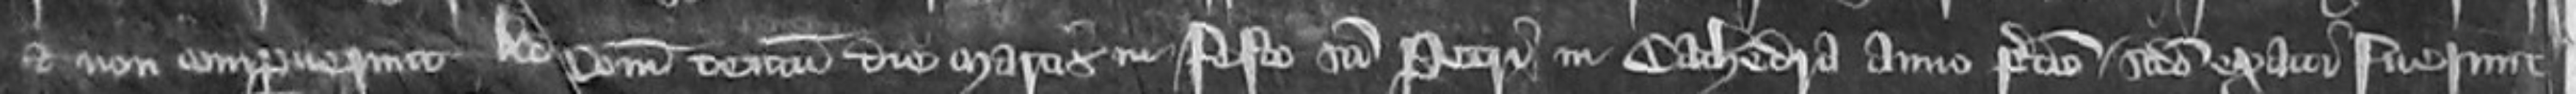
et non comperuerunt Ad Comitatum tentum die Martis in Festo Sancti Petri in Cathedra anno predicte secundo exacti fuerunt